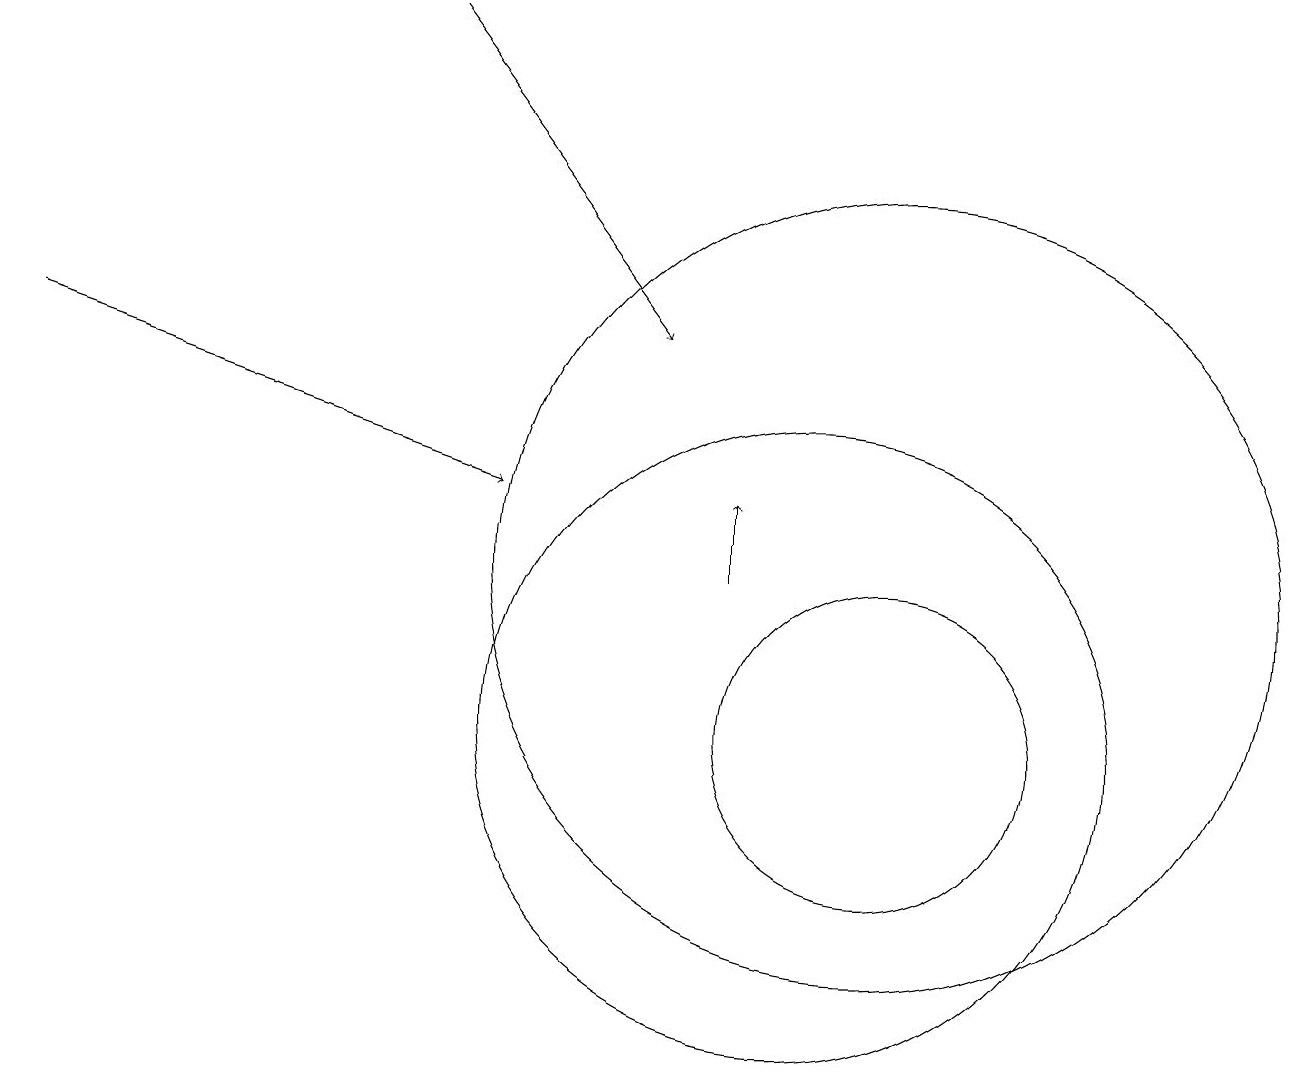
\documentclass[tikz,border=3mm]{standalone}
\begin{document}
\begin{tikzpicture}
\draw[->] (0,15) -- (6,13);
\draw (10,10) circle (4);
\draw[->] (9,12) -- (9,13);
\draw (11,12) circle (5);
\draw (11,10) circle (2);
\draw[->] (5,19) -- (8,15);
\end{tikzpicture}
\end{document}